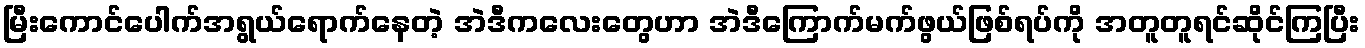
မြီးကောင်ပေါက်အရွယ်ရောက်နေတဲ့ အဲဒီကလေးတွေဟာ အဲဒီကြောက်မက်ဖွယ်ဖြစ်ရပ်ကို အတူတူရင်ဆိုင်ကြပြီး